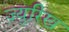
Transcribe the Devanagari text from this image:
ज़्युरिख